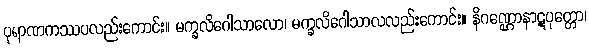
ပုရာဏကဿပလည်းကောင်း။ မက္ခလိဂေါသာလော၊ မက္ခလိဂေါသာလလည်းကောင်း။ နိဂဏ္ဌောနာဋပုတ္တော၊